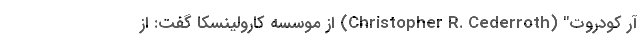
آر کودروت" (Christopher R. Cederroth) از موسسه کارولینسکا گفت: از